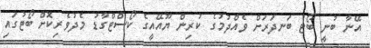
އޭނާ ބުނީ ބޯޓު ބަނދަރަށް ވެއްދުމުގެ ކުރިން ޔޫއޭއީގެ ކޯސްޓްގާޑު މެދުވެރިކޮށް ބޯޓުގައި